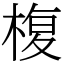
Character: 椱